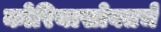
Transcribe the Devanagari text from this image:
कोरियासोबतचे